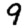
Digit: 9